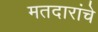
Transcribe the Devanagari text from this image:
मतदारांचे